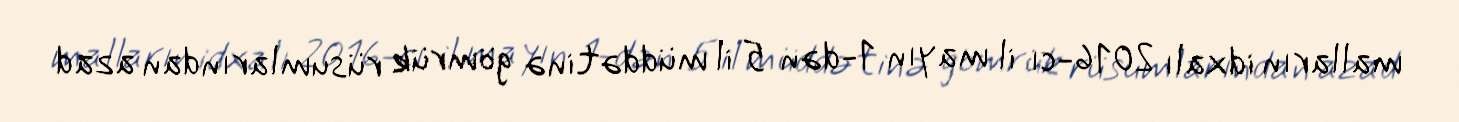
malların idxalı 2016-cı il mayın 1-dən 5 il müddətinə gömrük rüsumlarından azad